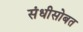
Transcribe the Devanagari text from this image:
संधीसोबत